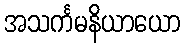
အသင်္ကမနိယာယော